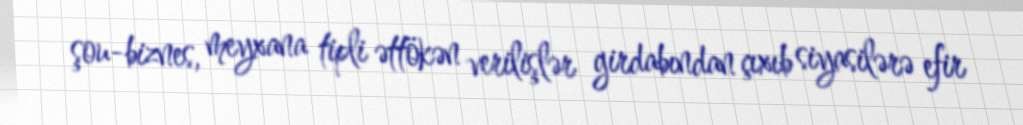
şou-biznes, meyxana tipli əttökən verilişlər girdabından çıxıb siyasilərə efir